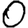
Digit: 0